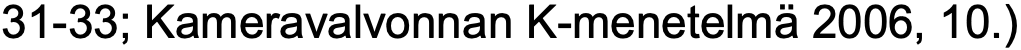
31-33; Kameravalvonnan K-menetelmä 2006, 10.)